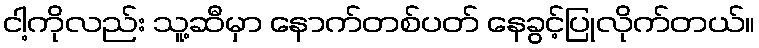
ငါ့ကိုလည်း သူ့ဆီမှာ နောက်တစ်ပတ် နေခွင့်ပြုလိုက်တယ်။